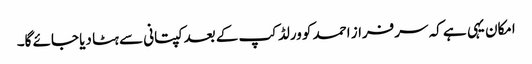
امکان یہی ہے کہ سرفراز احمد کو ورلڈکپ کے بعد کپتانی سے ہٹا دیا جائے گا۔